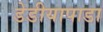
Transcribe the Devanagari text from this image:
डेडीयापाडा